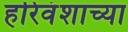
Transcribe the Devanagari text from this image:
हरिवंशाच्या